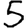
Digit: 5